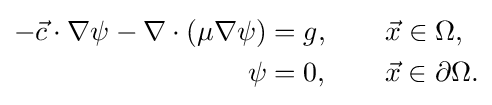
{\begin{aligned}-{\vec {c}}\cdot \nabla \psi -\nabla \cdot \left(\mu \nabla \psi \right)&=g,\qquad {\vec {x}}\in \Omega ,\\\psi &=0,\qquad {\vec {x}}\in \partial \Omega .\end{aligned}}